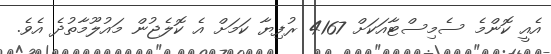
އެއީ ކޮންމެ ސެމިސްޓާއަކަށް 4167 ރުފިޔާ ކަމަށް އެ ކޮލެޖުން މައުލޫމާތުދެ އެވެ.